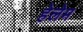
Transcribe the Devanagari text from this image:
हेलेम